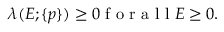
\begin{array} { r } { \lambda ( E ; \{ p \} ) \ge 0 \mathrm { ~ f ~ o ~ r ~ a ~ l ~ l ~ } E \ge 0 . } \end{array}